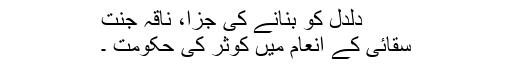
دلدل کو بنانے کی جزا، ناقہ جنت
سقائی کے انعام میں کوثر کی حکومت ۔